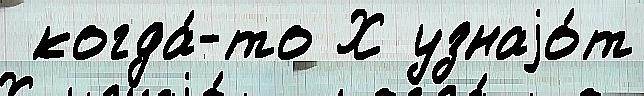
 когда́-то Х узнаjо́т